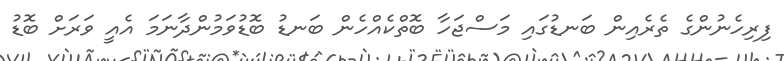
ފިރިހެނުންގެ ތެރެއިން ބަނޑުގައި މަސްޖަހާ ބޮތްކެއްހެން ބަނޑު ބޮޑުވަމުންދާނަމަ އެއީ ވަރަށް ބޮޑު